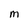
Character: M